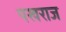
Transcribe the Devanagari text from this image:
पखराज